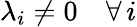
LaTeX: \lambda_{i}\neq 0\quad\forall\, i